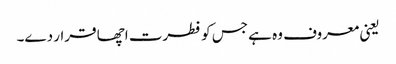
یعنی معروف وہ ہے جس کو فطرت اچھا قرار دے۔